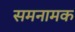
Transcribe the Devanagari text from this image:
समनामक